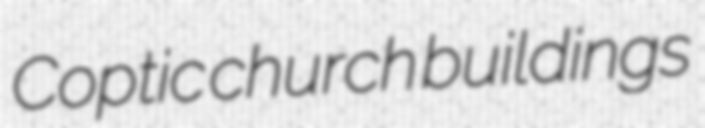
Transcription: Coptic church buildings